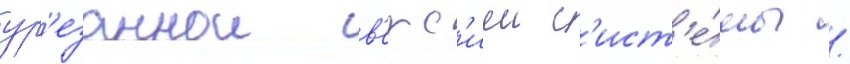
ур'езаннои в'ерс'иеи с'ист'е́мы /